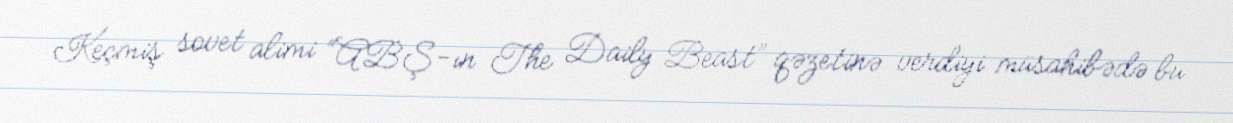
Keçmiş sovet alimi “ABŞ-ın The Daily Beast” qəzetinə verdiyi müsahibədə bu